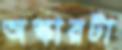
অস্কারটা